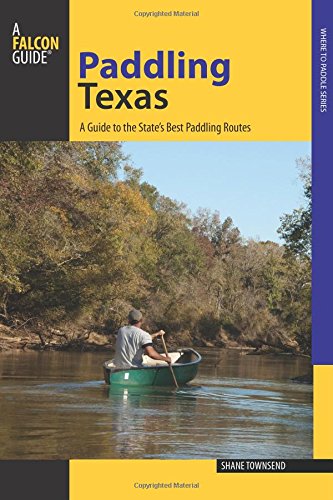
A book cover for Paddling Texas: A Guide to the State's Best Paddling Routes (Paddling Series); Shane Townsend; Sports & Outdoors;